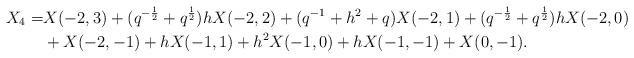
LaTeX: \begin{align*}X_4=&X(-2,3)+(q^{-\frac{1}{2}}+q^{\frac{1}{2}})hX(-2,2)+(q^{-1}+h^2+q)X(-2,1) +(q^{-\frac{1}{2}} +q^{\frac{1}{2}})hX(-2,0) \\&+X(-2,-1)+hX(-1,1)+h^2X(-1,0)+hX(-1,-1)+X(0,-1).\end{align*}